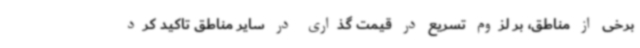
برخی از مناطق، بر لزوم تسریع در قیمت گذاری در سایر مناطق تاکید کرد